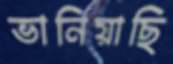
ভানিয়াছি